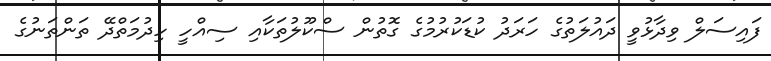
ފައިސަލް ވިދާޅުވީ ދައުލަތުގެ ހަރަދު ކުޑަކުރުމުގެ ގޮތުން ސްކޫލުތަކާއި ސިއްހީ ހިދުމަތްދޭ ތަންތަނުގެ